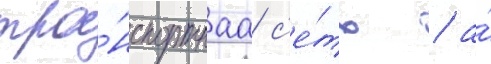
тра́нспортнаа с'е́ть / а́